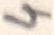
Text: 4